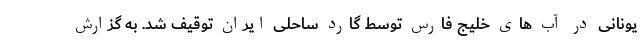
یونانی در آب های خلیج فارس توسط گارد ساحلی ایران توقیف شد. به گزارش